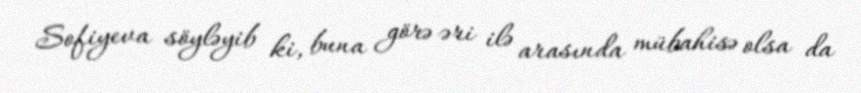
Sofiyeva söyləyib ki, buna görə əri ilə arasında mübahisə olsa da